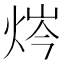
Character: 𰞣